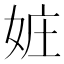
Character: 㛇